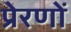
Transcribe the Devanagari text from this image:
प्रेरणों